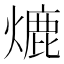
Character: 熝